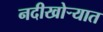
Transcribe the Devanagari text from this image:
नदीखोर्‍यात